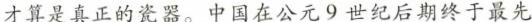
才算是真正的瓷器。中国在公元9世纪后期终于最先